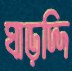
ঘাড়দ্দি